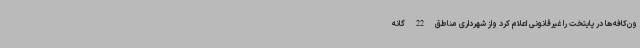
ون‌کافه‌ها در پایتخت را غیرقانونی اعلام کرد واز شهرداری مناطق 22 گانه